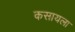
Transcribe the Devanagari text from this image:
कसायला